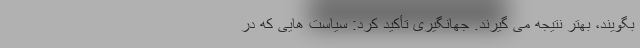
بگویند، بهتر نتیجه می گیرند. جهانگیری تأکید کرد: سیاست هایی که در